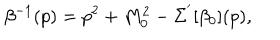
\beta ^ { - 1 } ( p ) = p ^ { 2 } + M _ { 0 } ^ { 2 } - \Sigma ^ { ' } [ \beta _ { 0 } ] ( p ) ,